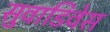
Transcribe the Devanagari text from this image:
सुवाडिवेस